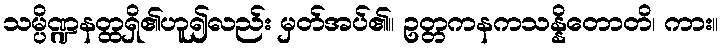
သမ္ပိဏ္ဍနတ္ထရှိ၏ဟူ၍လည်း မှတ်အပ်၏။ ဥတ္တကနကသန္နိတောတိ၊ ကား။